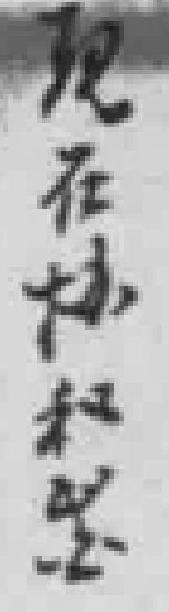
現在协和毉